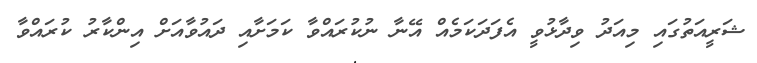
ޝަރީއަތުގައި މިއަދު ވިދާޅުވީ އެފަދަކަމެއް އޭނާ ނުކުރައްވާ ކަމަށާއި ދައުވާއަށް އިންކާރު ކުރައްވާ